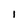
Character: 1